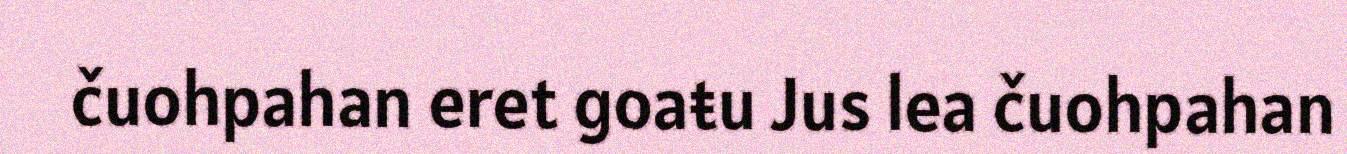
čuohpahan eret goaŧu Jus lea čuohpahan